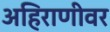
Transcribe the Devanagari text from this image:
अहिराणीवर